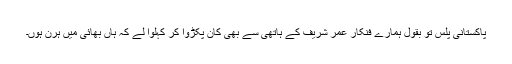
پاکستانی پلس تو بقول ہمارے فنکار عمر شریف کے ہاتھی سے بھی کان پکڑوا کر کہلوا لے کہ ہاں بھائی میں ہرن ہوں۔